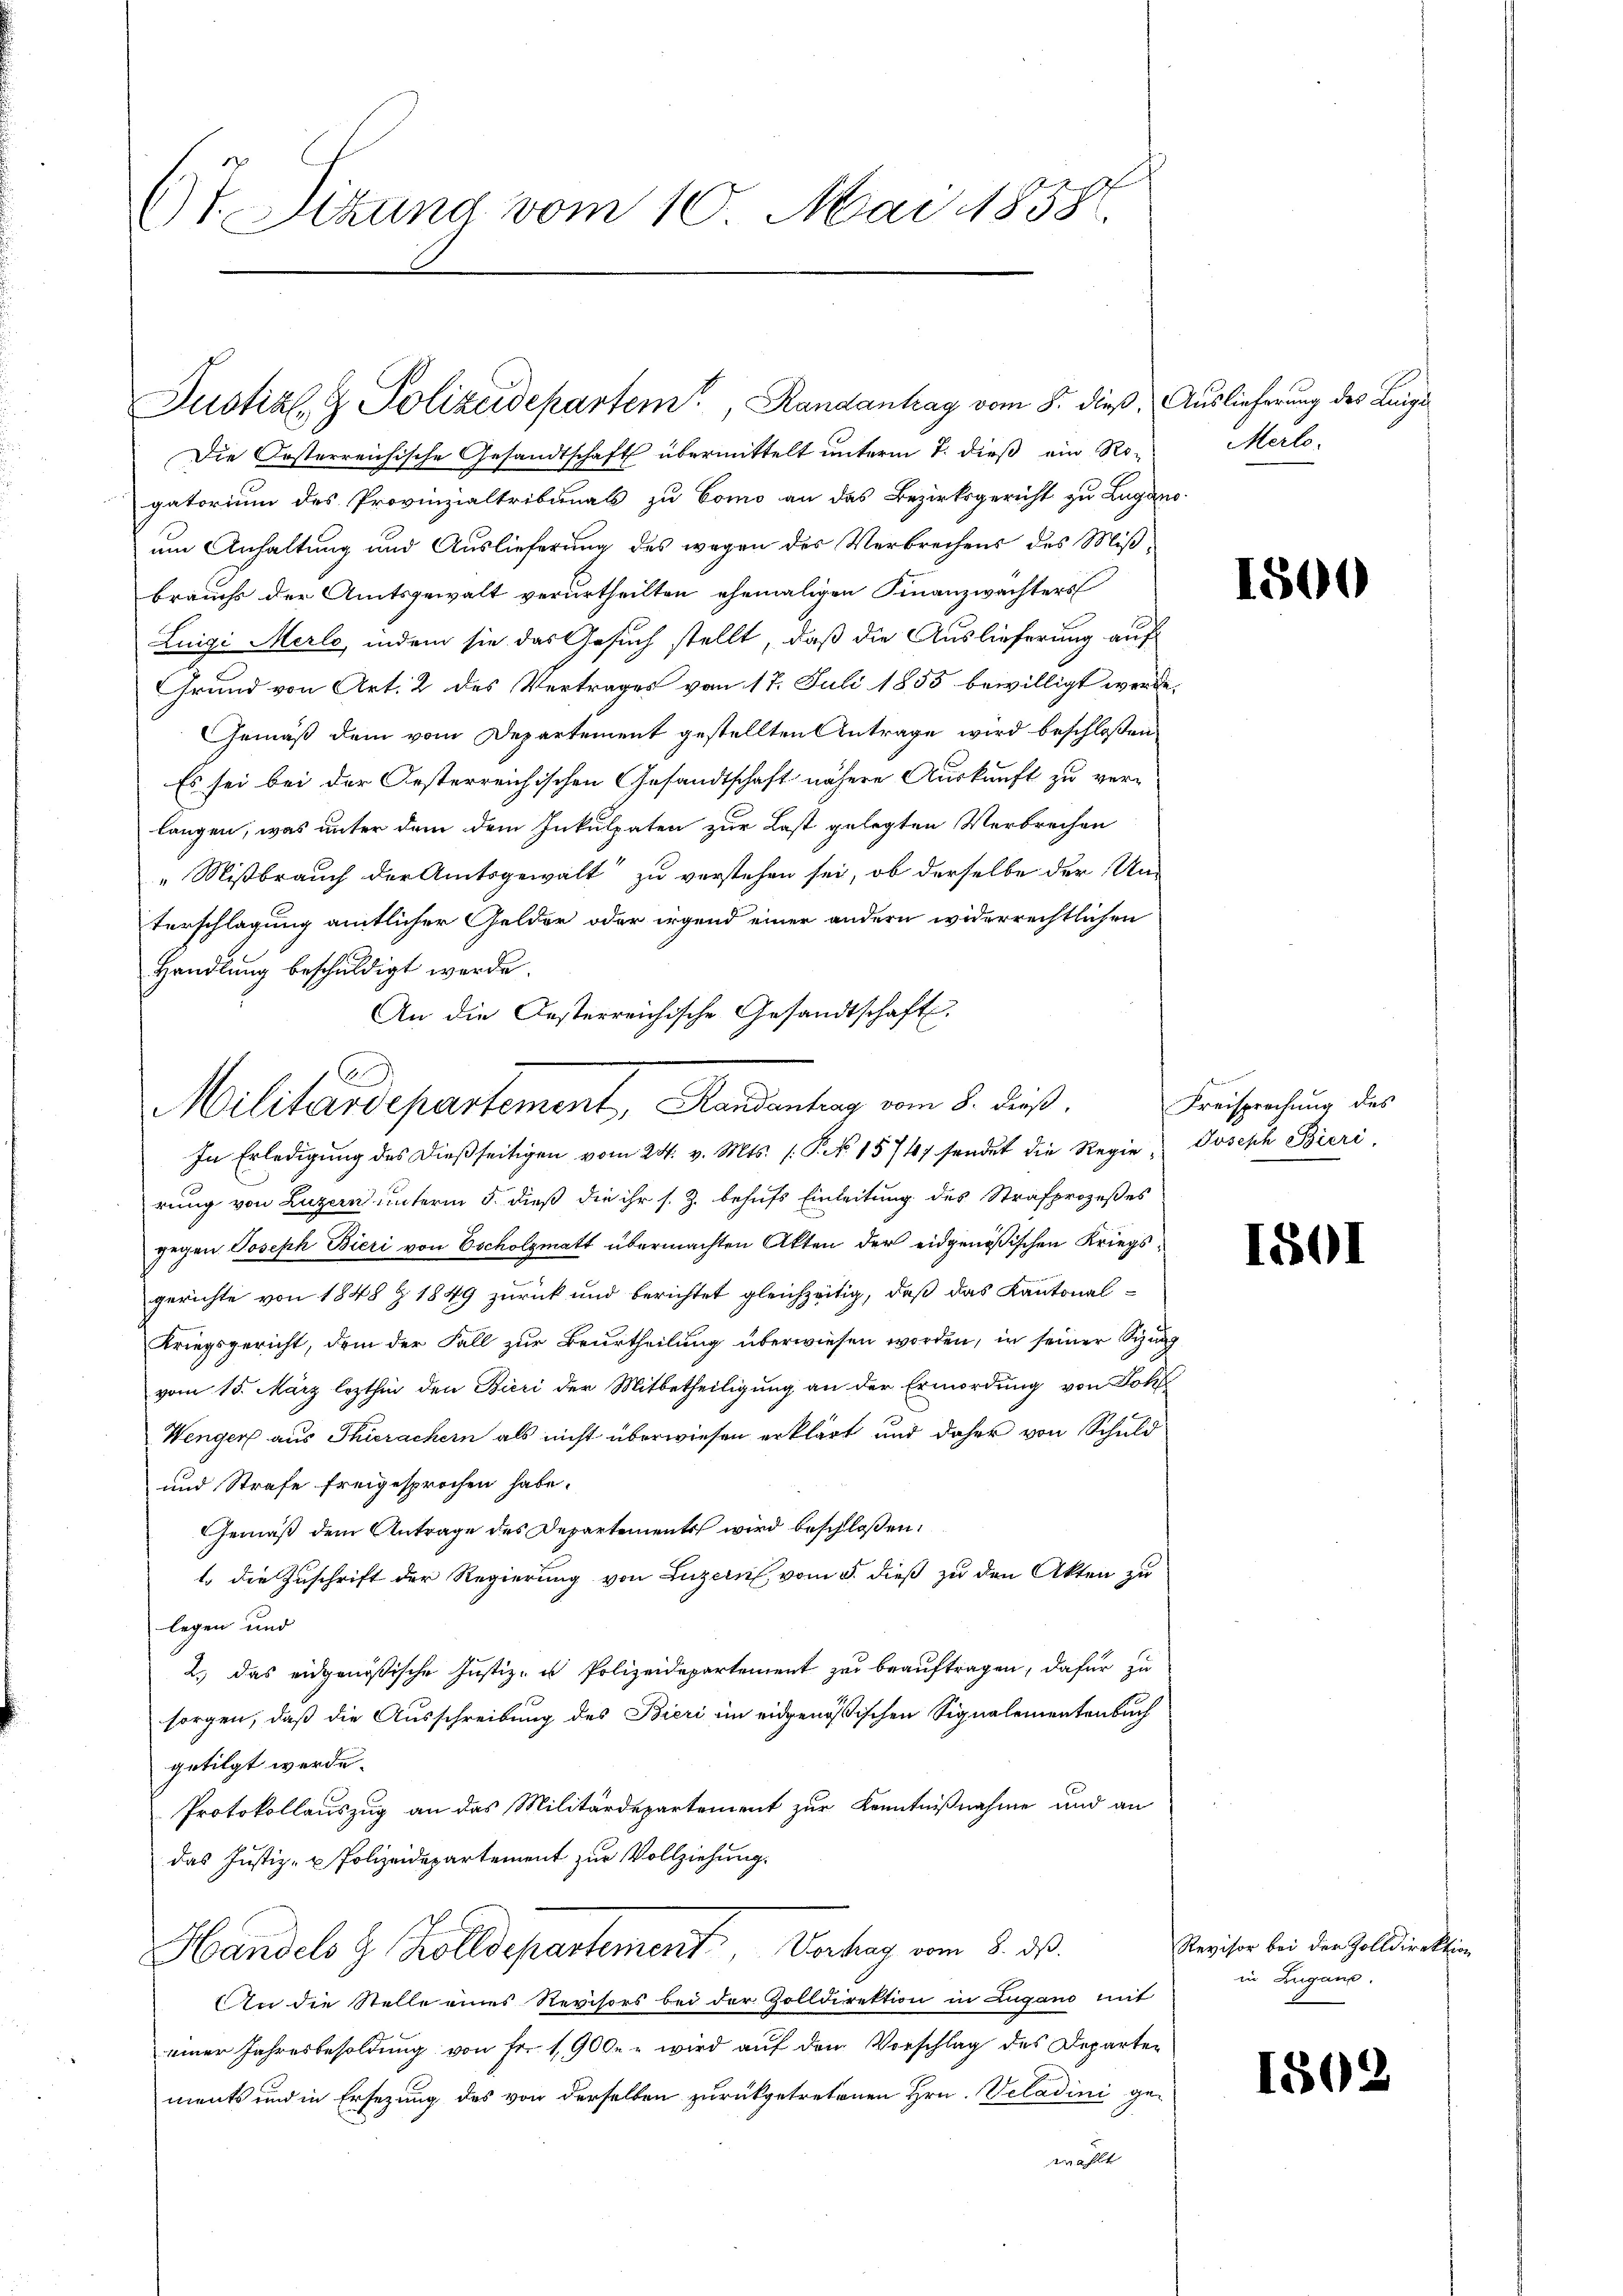
(T. Sizung vom 10. Mai 1858.

Justiz- & Polizeidepartem Randantrag vom 8. dieß. Auslieferung des Luigi¬

Die Oesterreichische Gesandtschaft übermittelt unterm 7. dieß ein Ro-
gatorium des Provinzialtribunals zu Como an das Bezirksgericht zu Lugano-
um Anhaltung und Auslieferung des wegen des Verbrechens des Mißbrauchs der Amtsgewalt verurtheilten ehemaligen Finanzwächters
Luigi Merlo, indem sie das Gesuch stellt, daß die Auslieferung auf
Grund von Art. 2 des Vertrages vom 17. Juli 1855 bewilligt werde.
Gemäß dem vom Departement gestellten Antrage wird beschloßen
Es sei bei der Oesterreichischen Gesandtschaft nähere Auskunft zu verlangen, was unter dem dem Inkulpaten zur Last gelegten Verbrechen
„Mißbrauch der Amtsgewalt zu verstehen sei, ob derselbe der Unterschlagung amtlicher Gelder oder irgend einer andern widerrechtlichen
Handlung beschuldigt werde.
An die Oesterreichische Gesandtschaft
In Erledigung des dießseitigen vom 24. v. Mts. (: P. Nr. 15747 sendet die Regierung von Luzern unterm 5. dieß die ihr s. Z. behufs Einleitung des Strafprozeßes
gegen Joseph Bieri von Escholzmatt übermachten Akten der eidgenössischen Kriegsgerichte von 1848 Z. 1849 zurück und berichtet gleichzeitig, daß das Kantonal¬
Kriegsgericht, dem der Fall zur Beurtheilung überwiesen worden, in seiner Sizung
vom 15. März lezthin den Bieri der Mitbetheiligung an der Ermordung von Dorf
Wenger aus Thierachern als nicht überwiesen erklärt und daher von Schuld
und Strafe freigesprochen habe.
Gemäß dem Antrage des Departements wird beschloßen,
l. die Zuschrift der Regierung von Luzern vom 5. dieß zu den Akten zu
legen und
2.) das eidgenößische Justiz- u Polizeidepartement zu beauftragen, dafür zu
sorgen, daß die Ausschreibung des Bieri im eidgenössischen Signalementenbach
getilgt werde.
Protokollauszug an das Militärdepartement zur Kenntnißnahme und an
das Justiz- u Polizeidepartement zur Vollziehung.
Handels z. Zolldepartement, Vorlag vom 8. 30.
In die Stelle eines Revisors bei der Zolldirektion in Lugano mit
einer Jahresbesoldung von Fr. 1900. wird auf den Vorschlag des Departen
ments und in Ersezung des von derselben zurückgetretenen Hrn. Veladini gewählt

Militärdepartement, Mandantrag vom 8. dieß.

Merlo

1500

Freisprechung des
Joseph Bieri,

150.

Revisor bei der Zolldirektion
in Zugano.

1802